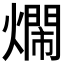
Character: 𤐛